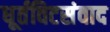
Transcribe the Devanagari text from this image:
धूर्तविटसंवाद